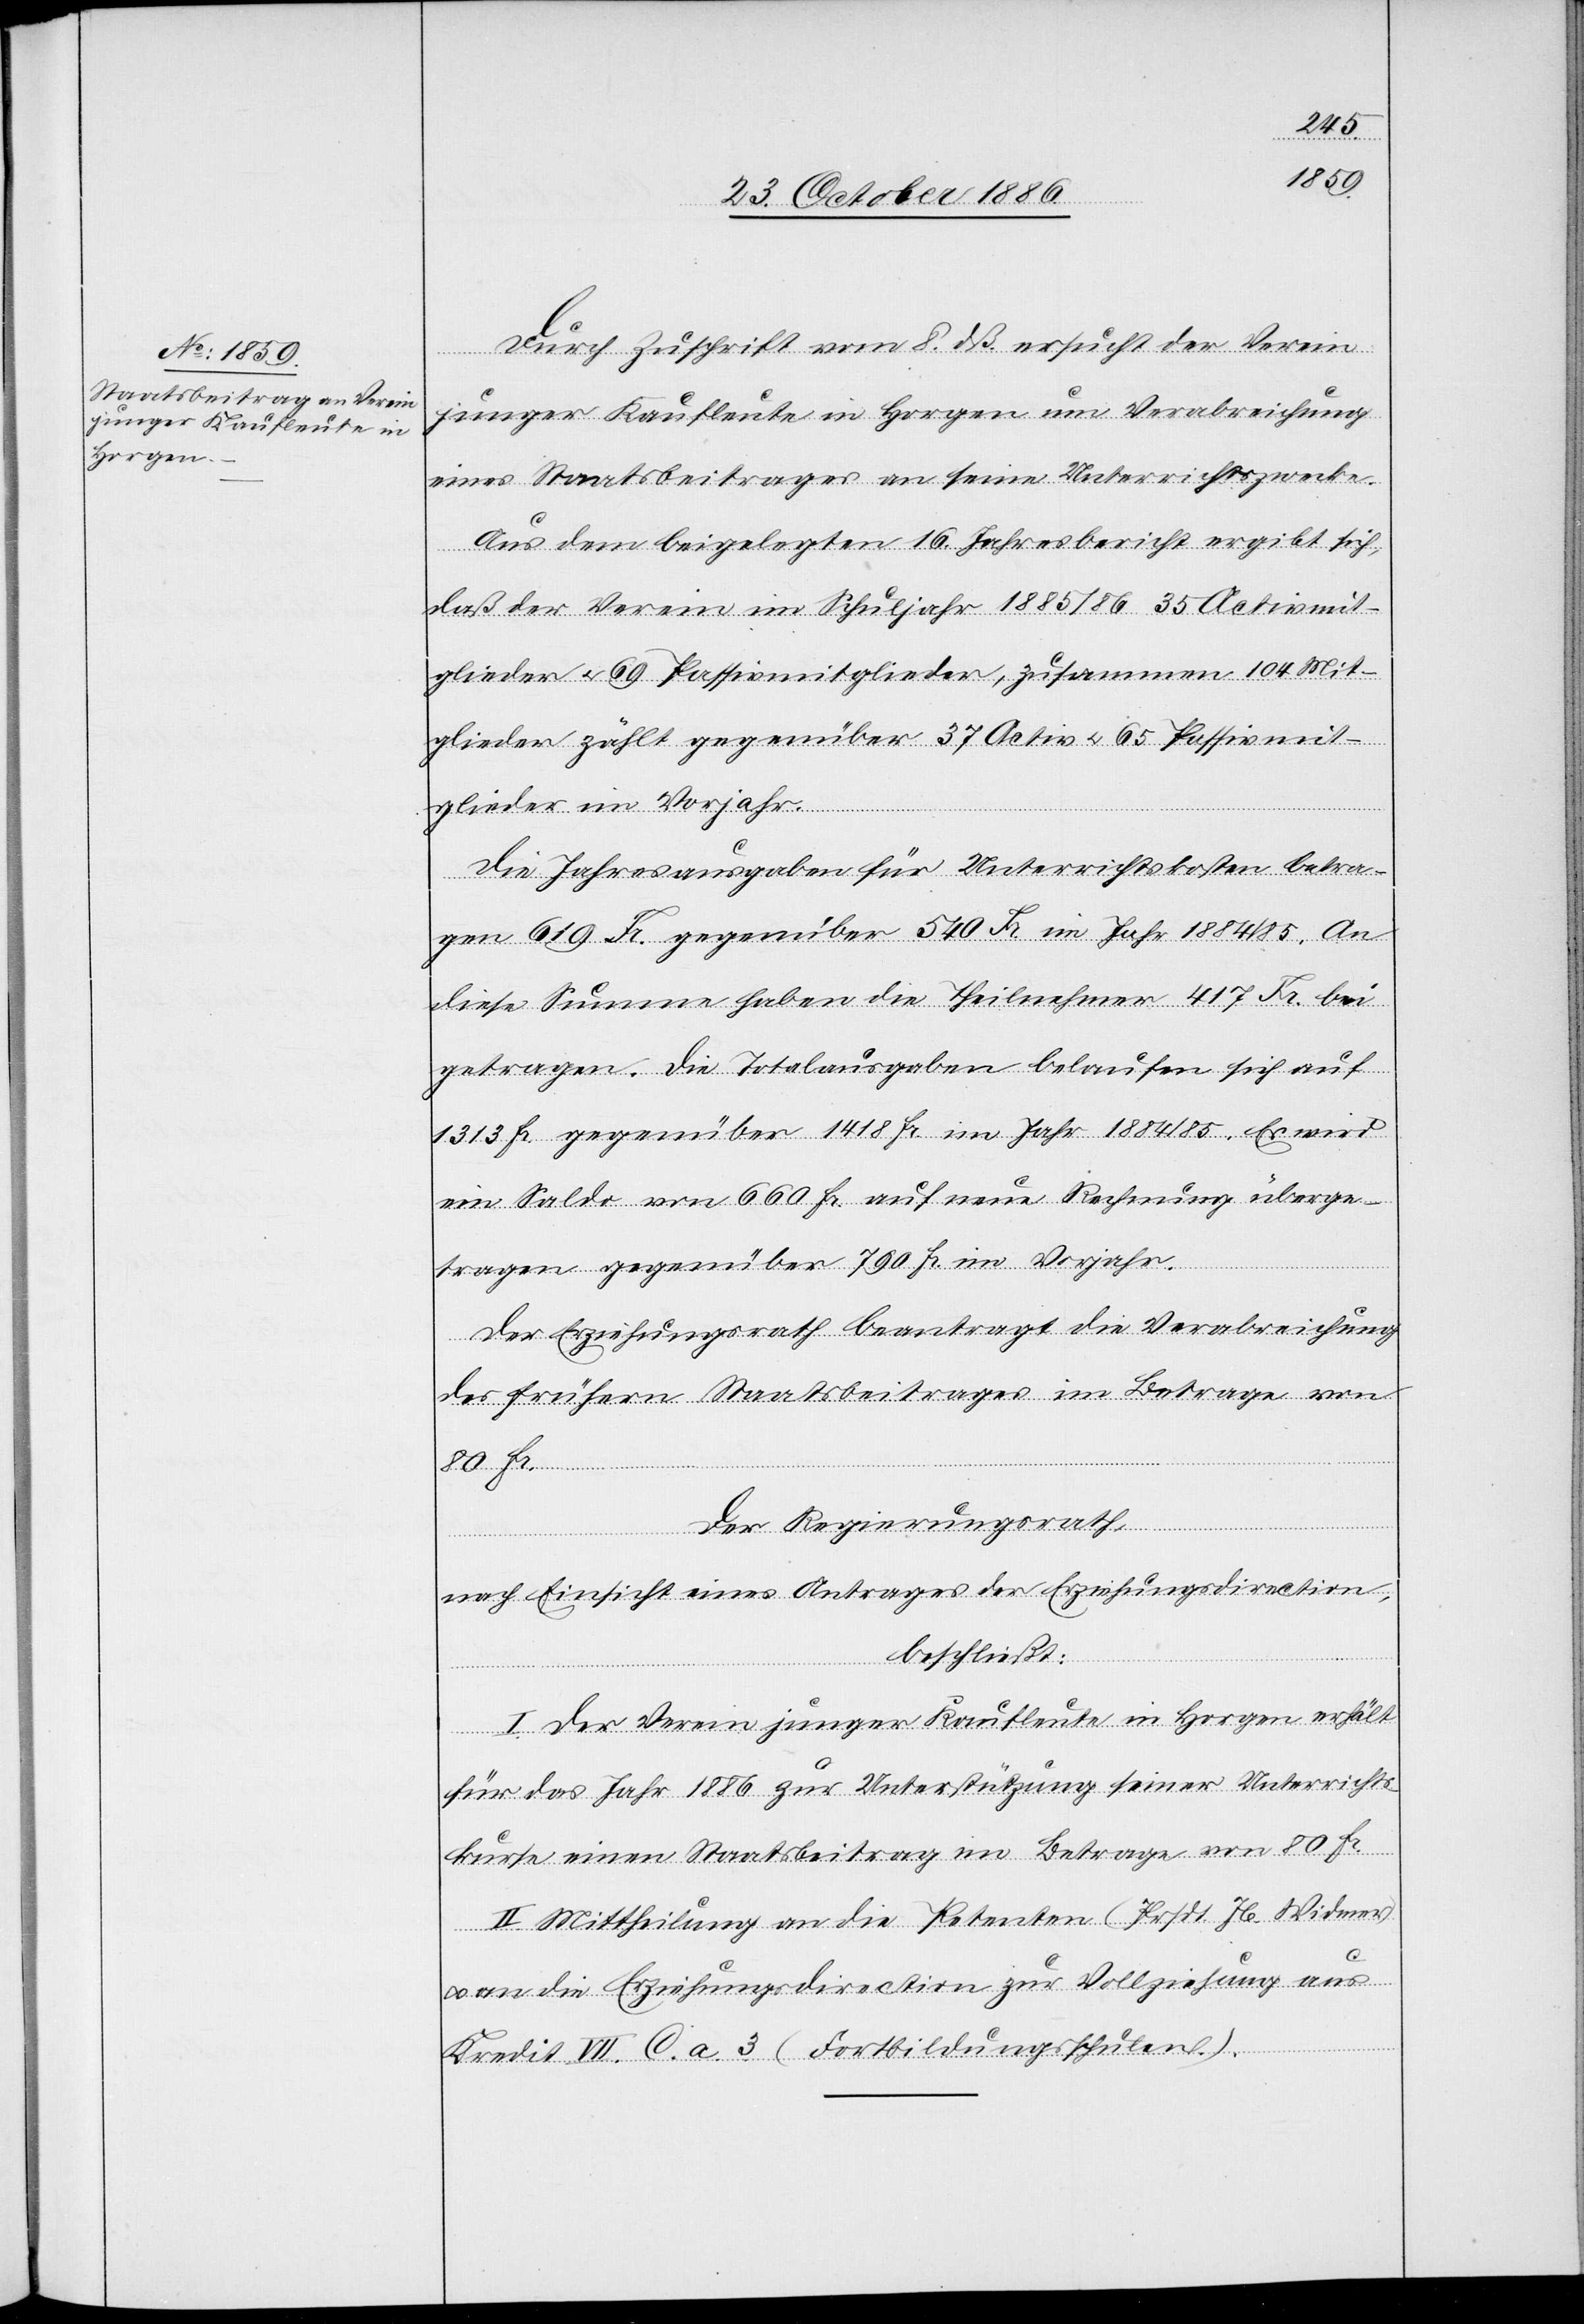
Durch Zuschrift vom 8. dß ersucht der Verein
junger Kaufleute in Horgen um Verabreichung
eines Staatsbeitrages an seine Unterrichtszwecke.
Aus dem beigelegten 16. Jahresbericht ergibt sich,
daß der Verein im Schuljahr 1885/86 35 Activmit¬
glieder & 69 Passivmitglieder, zusammen 104 Mit¬
glieder zählt gegenüber 37 Activ- & 65 Passivmit¬
glieder im Vorjahr.
Die Jahresausgaben für Unterrichtskosten betra¬
gen 619 Fr. gegenüber 540 Fr. im Jahr 1884/85. An
diese Summe haben die Theilnehmer 417 Fr. bei¬
getragen. Die Totalausgaben belaufen sich auf
1313 Fr. gegenüber 1418 Fr. im Jahr 1884/85. Es wird
ein Saldo von 660 Fr. auf neue Rechnung überge¬
tragen gegenüber 790 Fr. im Vorjahr.
Der Erziehungsrath beantragt die Verabreichung
des frühern Staatsbeitrages im Betrage von
80 Fr.
Der Regierungsrath,
nach Einsicht eines Antrages der Erziehungsdirection,
beschließt:
I. Der Verein junger Kaufleute in Horgen erhält
für das Jahr 1886 zur Unterstützung seiner Unterrichts¬
kurse einen Staatsbeitrag im Betrage von 80 Fr.
II. Mittheilung an die Petenten (Prsdt. Jb. Widmer)
an die Erziehungsdirection zur Vollziehung aus
Kredit VII. C. a. 3 (Fortbildungsschulen.).